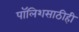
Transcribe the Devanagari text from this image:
पॉलिशसाठीही